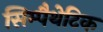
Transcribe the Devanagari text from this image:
सिम्पैथेटिक